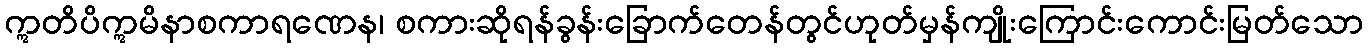
ဣတိပိဣမိနာစကာရဏေန၊ စကားဆိုရန်ခွန်းခြောက်တေန်တွင်ဟုတ်မှန်ကျိုးကြောင်းကောင်းမြတ်သော